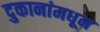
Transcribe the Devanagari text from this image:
दुकानांमधून